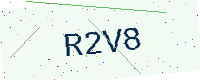
Text: R2V8